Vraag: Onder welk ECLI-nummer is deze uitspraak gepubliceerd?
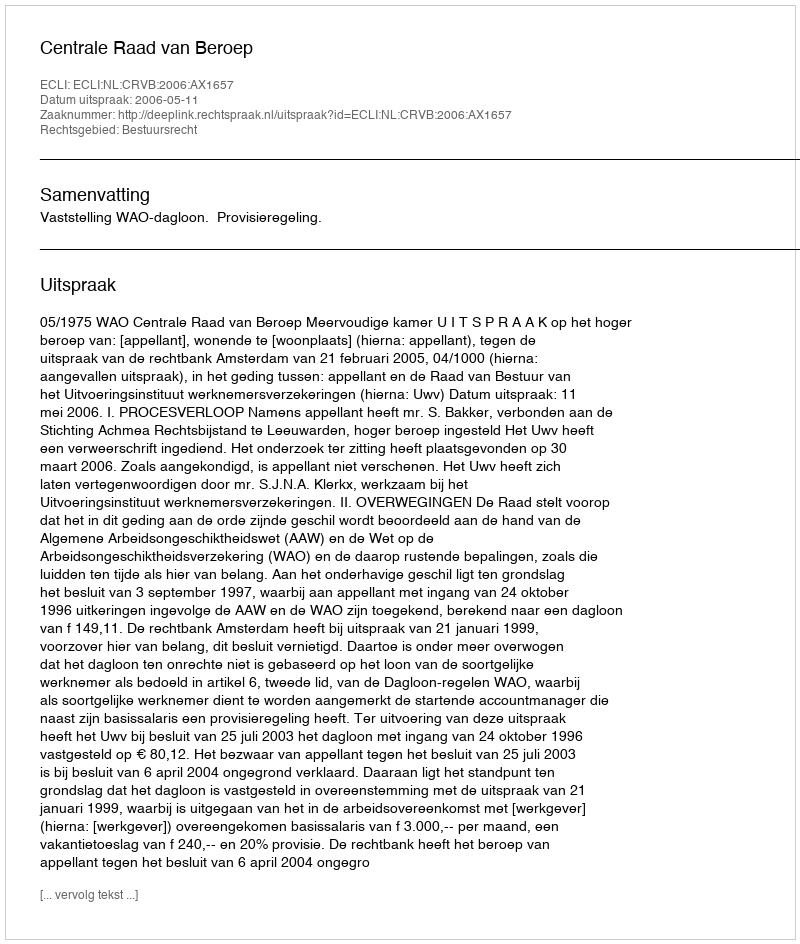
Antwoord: ECLI:NL:CRVB:2006:AX1657